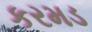
કરમડ